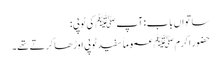
ساتواں باب : آپ ﷺ کی ٹوپی :
حضور اکرم ﷺ عموماً سفید ٹوپی اوڑھا کرتے تھے۔